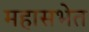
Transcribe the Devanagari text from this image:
महासभेत